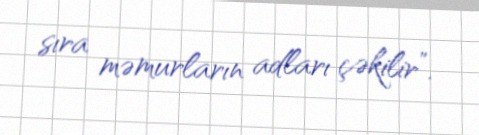
sıra məmurların adları çəkilir”.